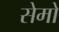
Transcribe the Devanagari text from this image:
सेमो